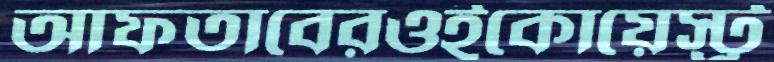
আফতাবেরওইকোয়েস্ট্র